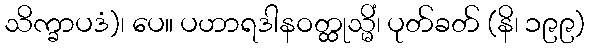
သိက္ခာပဒံ)၊ ပေ။ ပဟာရဒါနဝတ္ထုသ္မိံ၊ ပုတ်ခတ် (နိ၊ ၁၉၉)